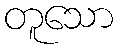
တူသော